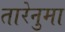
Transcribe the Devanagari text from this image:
तारेनुमा